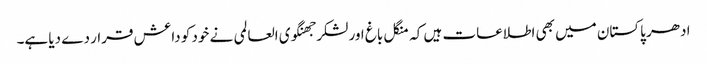
ادھر پاکستان میں بھی اطلاعات ہیں کہ منگل باغ اور لشکر جھنگوی العالمی نے خود کو داعش قرار دے دیا ہے۔